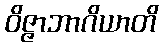
ဝိဇ္ဇာဘာဂိယာတိ